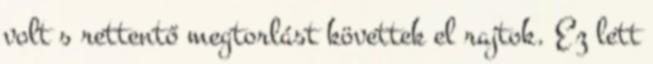
volt s rettentő megtorlást követtek el rajtok. Ez lett